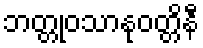
ဘတ္တုဝသာနုဝတ္တိနီ